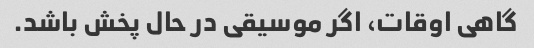
گاهی اوقات، اگر موسیقی در حال پخش باشد.